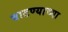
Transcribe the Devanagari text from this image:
बाटण्याच्या